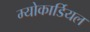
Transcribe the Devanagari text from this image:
म्योकार्डियल